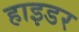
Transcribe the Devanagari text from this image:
हाइडर